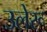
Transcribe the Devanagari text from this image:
उलेरू